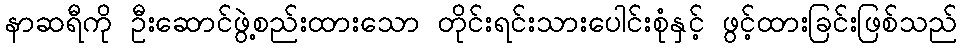
နာဆရီကို ဦးဆောင်ဖွဲ့စည်းထားသော တိုင်းရင်းသားပေါင်းစုံနှင့် ဖွင့်ထားခြင်းဖြစ်သည်